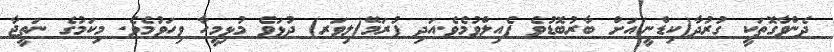
ދެންވާގޮތަކީ ގުރުދާ(ކިޑްނީ)އަށް ބާރުބޮޑުވެ ފެއިލްވުމެވެ.އަދި ފުރަމޭ(ލިވަރ) ދުޅަވެ މުޅިމީހާ ވިހަވުމެވެ. މިކަމުގެ ނަތީޖާ